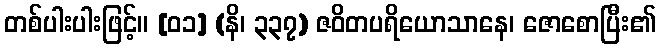
တစ်ပါးပါးဖြင့်။ [၀၁] (နိ၊ ၃၃၇) ဇဝိတပရိယောသာနေ၊ ဇောစောပြီး၏